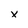
Character: x